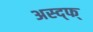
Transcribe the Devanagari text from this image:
अस्द्फ्